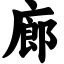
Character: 廊